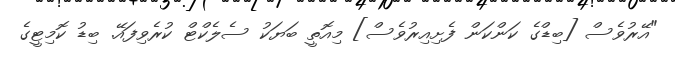
"އޭރުވެސް [ބިޑްގެ ކަންކަން ފެށިއިރުވެސް] މިއޮތީ ބަޔަކު ސެލެކްޓް ކުރެވިފައޭ. ބިޑު ކޮމިޓީގެ